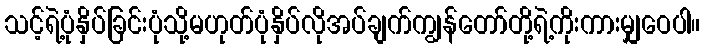
သင့်ရဲ့ပုံနှိပ်ခြင်းပုံသို့မဟုတ်ပုံနှိပ်လိုအပ်ချက်ကျွန်တော်တို့ရဲ့ကိုးကားမျှဝေပါ။